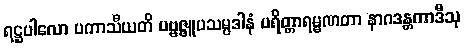
ရဋ္ဌပါလော ပကာသီယတိ ပဗ္ဗဇ္ဇူပသမ္ပဒါနံ ပရိတ္တာရမ္မဏတာ နာဂဒန္တကာဒီသု